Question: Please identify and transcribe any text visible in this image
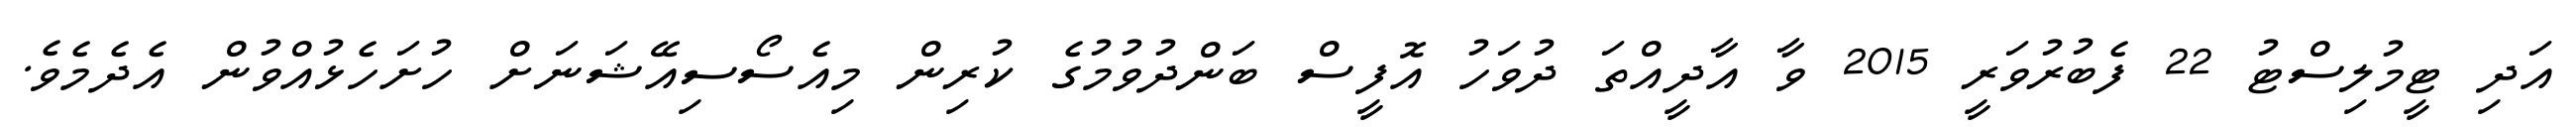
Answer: އަދި ޓީމުލިސްޓު 22 ފެބުރުވަރީ 2015 ވާ އާދީއްތަ ދުވަހު އޮފީސް ބަންދުވުމުގެ ކުރިން މިއެސޯސިއޭޝަނަށް ހުށަހެޅުއްވުން އެދެމެވެ.